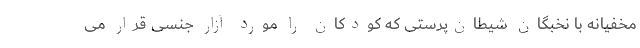
مخفیانه با نخبگان شیطان‌پرستی که کودکان را مورد آزار جنسی قرار می